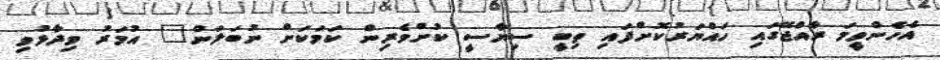
އެހެންވީމަ ރާއްޖޭގައި ހައްޔަރުކޮށްފައި ތިބީ ސިޔާސީ ކުށްވެރިން ކަމަކަށް ނުބަލަން" އުމަރު ވިދާޅުވި